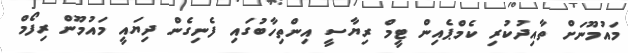
މައުމޫނަށް ތާއިދުކުރި ކެމްޕެއިން ޓީމް ރިޔާސީ އިންތިހާބުގައި ފެނިގެން ދިޔައީ މައުމޫން ރިފޯމް